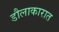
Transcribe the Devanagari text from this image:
डौलाकारात